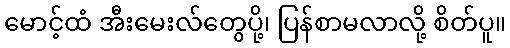
မောင့်ထံ အီးမေးလ်တွေပို့၊ ပြန်စာမလာလို့ စိတ်ပူ။